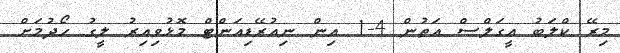
މިރޭ ކްލަބު އީގަލްސް އަތުން 4-1 އިން ނިއުރޭޑިއަންޓް މޮޅުވިއިރު ލީގު ހޯދުމަށް